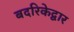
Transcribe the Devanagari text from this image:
बदरिकेद्वार